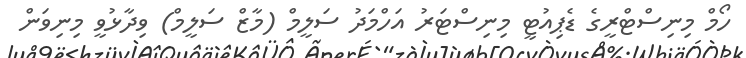
ހޯމް މިނިސްޓްރީގެ ޑެޕިއުޓީ މިނިސްޓަރު އަހްމަދު ސަލީމް (މާޒް ސަލީމް) ވިދާޅުވީ މިނިވަން